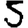
Digit: 5